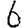
Digit: 6